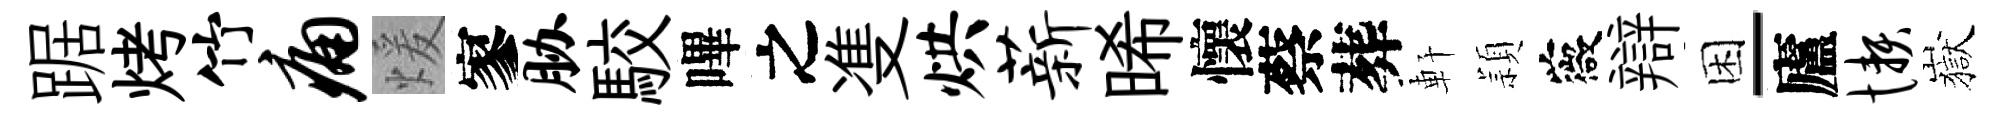
踞烤竹痛煖寥胁駮嗶之㕠烘薪晞懷蔡葬軒頴薇辯困-廬懒嶽